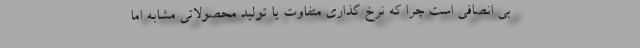
بی انصافی است چرا که نرخ گذاری متفاوت یا تولید محصولاتی مشابه اما